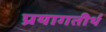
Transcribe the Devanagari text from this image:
प्रयागतीर्थ